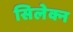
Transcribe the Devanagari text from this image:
सिलेक्न